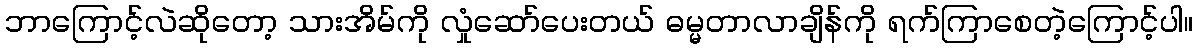
ဘာကြောင့်လဲဆိုတော့ သားအိမ်ကို လှုံဆော်ပေးတယ် ဓမ္မတာလာချိန်ကို ရက်ကြာစေတဲ့ကြောင့်ပါ။